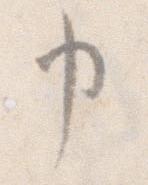
申